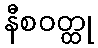
နီစဝတ္ထု